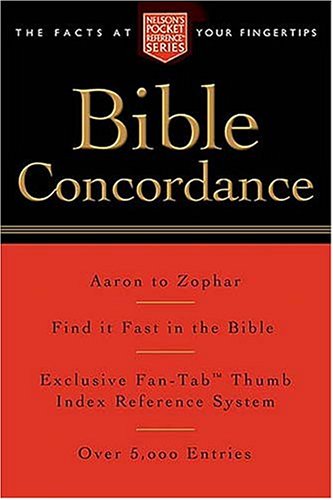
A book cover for Pocket Bible Concordance: Nelson's Pocket Reference Series; Thomas Nelson; Christian Books & Bibles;